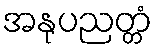
အနုပညတ္တံ